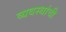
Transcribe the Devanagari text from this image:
व्यवस्थांची